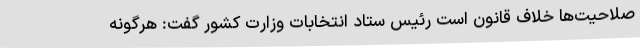
صلاحیت‌ها خلاف قانون است رئیس ستاد انتخابات وزارت کشور گفت: هرگونه